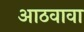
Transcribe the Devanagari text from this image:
आठवावा